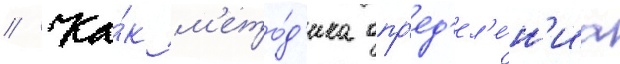
// Ка́к м'ето́д'ика опр'ед'ел'е́н'иа